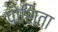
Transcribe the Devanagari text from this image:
पोशिता